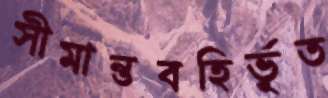
সীমান্তবহির্ভূত